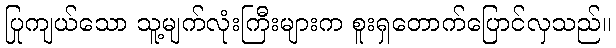
ပြုကျယ်သော သူ့မျက်လုံးကြီးများက စူးရှတောက်ပြောင်လှသည်။